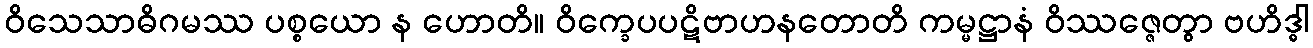
ဝိသေသာဓိဂမဿ ပစ္စယော န ဟောတိ။ ဝိက္ခေပပဋိဗာဟနတောတိ ကမ္မဋ္ဌာနံ ဝိဿဇ္ဇေတွာ ဗဟိဒ္ဓါ